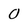
Character: O